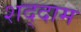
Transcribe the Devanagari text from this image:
शद्दाम